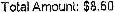
TOTAL AMOUNT: $8.60